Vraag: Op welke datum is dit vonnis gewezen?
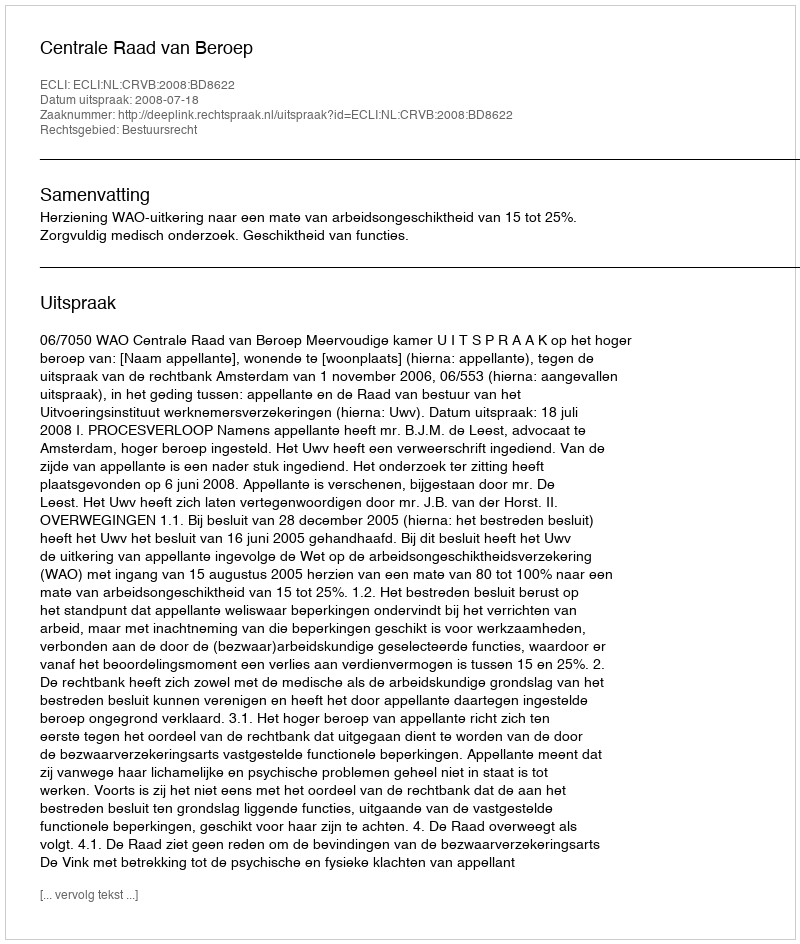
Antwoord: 2008-07-18